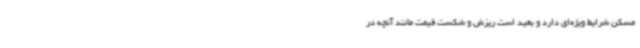
مسکن شرایط ویژه‌ای دارد و بعید است ریزش و شکست قیمت مانند آنچه در